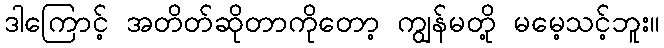
ဒါကြောင့် အတိတ်ဆိုတာကိုတော့ ကျွန်မတို့ မမေ့သင့်ဘူး။